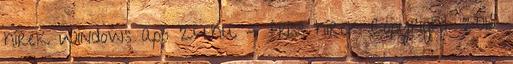
hírek Windows app 24.hu - friss hírek Copyright 2018